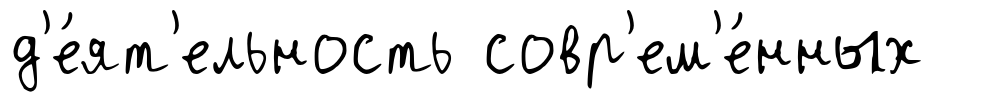
д'е́ят'ельность совр'ем'е́нных